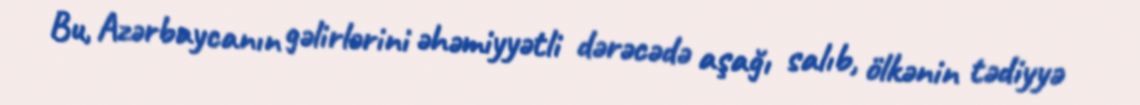
Bu, Azərbaycanın gəlirlərini əhəmiyyətli dərəcədə aşağı salıb, ölkənin tədiyyə